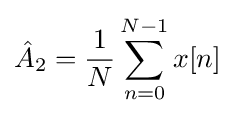
{\hat {A}}_{2}={\frac {1}{N}}\sum _{n=0}^{N-1}x[n]